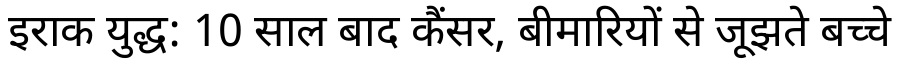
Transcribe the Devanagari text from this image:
इराक युद्ध: 10 साल बाद कैंसर, बीमारियों से जूझते बच्चे